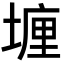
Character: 𡏂